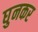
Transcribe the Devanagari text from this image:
घुनकर